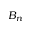
B _ { n }